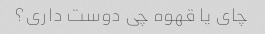
چای یا قهوه چی دوست داری؟